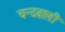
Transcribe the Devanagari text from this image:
चन्दबाली